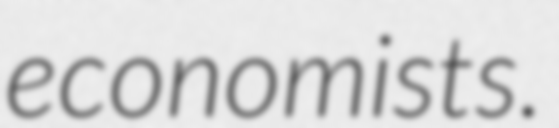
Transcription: economists.